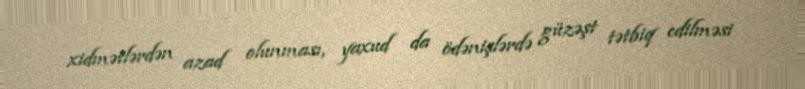
xidmətlərdən azad olunması, yaxud da ödənişlərdə güzəşt tətbiq edilməsi